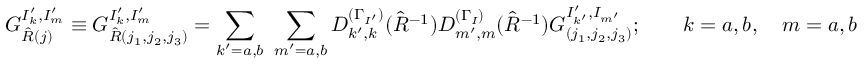
G _ { \hat { R } ( j ) } ^ { I _ { k } ^ { \prime } , I _ { m } ^ { \prime } } \equiv G _ { \hat { R } ( j _ { 1 } , j _ { 2 } , j _ { 3 } ) } ^ { I _ { k } ^ { \prime } , I _ { m } ^ { \prime } } = \sum _ { k ^ { \prime } = a , b } ~ \sum _ { m ^ { \prime } = a , b } D _ { k ^ { \prime } , k } ^ { ( \Gamma _ { I ^ { \prime } } ) } ( \hat { R } ^ { - 1 } ) D _ { m ^ { \prime } , m } ^ { ( \Gamma _ { I } ) } ( \hat { R } ^ { - 1 } ) G _ { ( j _ { 1 } , j _ { 2 } , j _ { 3 } ) } ^ { I _ { k ^ { \prime } } ^ { \prime } , I _ { m ^ { \prime } } } ; \qquad k = a , b , \quad m = a , b